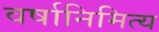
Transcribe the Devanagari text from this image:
वर्षानिमित्‍य